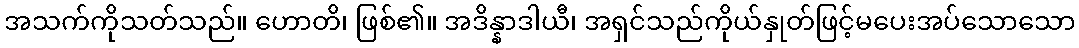
အသက်ကိုသတ်သည်။ ဟောတိ၊ ဖြစ်၏။ အဒိန္နာဒါယီ၊ အရှင်သည်ကိုယ်နှုတ်ဖြင့်မပေးအပ်သောသော